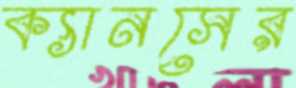
ক্যানসের